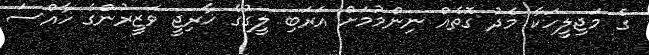
ގެ މަޖިލީހަކާ މެދު ގޮތެއް ނިންމުމަށް އަރަބި ލީގުގެ ޚާރިޖީ ވަޒީރުންގެ ހާއްސަ